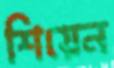
শিয়েন